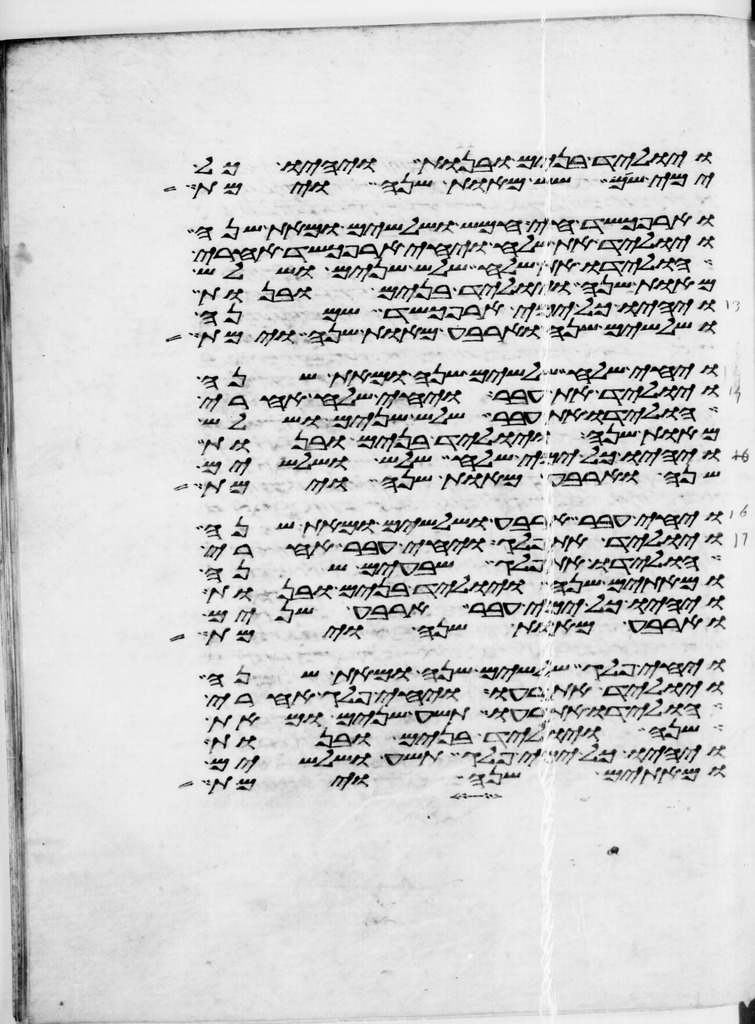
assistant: ויוליד בנים ובנות ויהיו כל
ימי שם שש מאות שנה וימת
וארפכשד חי חמש ושלשים ומאת שנה
ויוליד את שלח ויחי ארפכשד אחרי
הולידו את שלח שלש שנים ושלש
מאות שנה ויוליד בנים ובנות
ויהיו כל ימי ארפכשד שמנה
ושלשים שנה וארבע מאות שנה וימת
ויחי שלח שלשים שנה ומאת שנה
ויוליד את עבר ויחי שלח אחרי
הולידו את עבר שלש שנים ושלש
מאות שנה ויוליד בנים ובנות
ויהיו כל ימי שלח שלש ושלשים
שנה וארבע מאות שנה וימת
ויחי עבר ארבע ושלשים ומאת שנה
ויוליד את פלג ויחי עבר אחרי
הולידו את פלג שבעים שנה
ומאתים שנה ויוליד בנים ובנות
ויהיו כל ימי עבר ארבע שנים
וארבע מאות שנה וימת
ויחי פלג שלשים שנה ומאת שנה
ויוליד את רעו ויחי פלג אחרי
הולידו את רעו תשע שנים ומאת
שנה ויוליד בנים ובנות
ויהיו כל ימי פלג תשע ושלשים
ומאתים שנה וימת